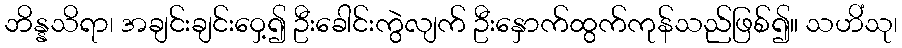
ဘိန္နသိရာ၊ အချင်းချင်းဝှေ့၍ ဦးခေါင်းကွဲလျက် ဦးနှောက်ထွက်ကုန်သည်ဖြစ်၍။ သဟိံသု၊